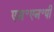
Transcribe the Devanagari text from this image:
एम॰एन॰पी